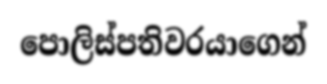
පොලිස්පතිවරයාගෙන්